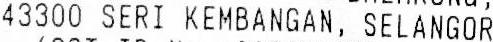
43300 SERI KEMBANGAN, SELANGOR